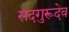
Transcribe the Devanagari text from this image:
सदगुरूदेव